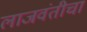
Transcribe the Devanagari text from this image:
लाजवंतीचा